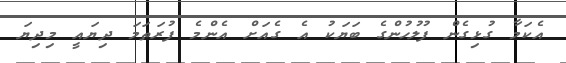
އެކަމާ ގުޅިގެން ފުލުހުންގެ ބަޔަކު އެ ގެއަށް އެންމެ ފުރަތަމަ ދިޔައީ މިދިޔަ